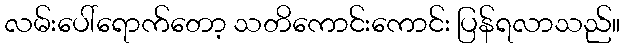
လမ်းပေါ်ရောက်တော့ သတိကောင်းကောင်း ပြန်ရလာသည်။